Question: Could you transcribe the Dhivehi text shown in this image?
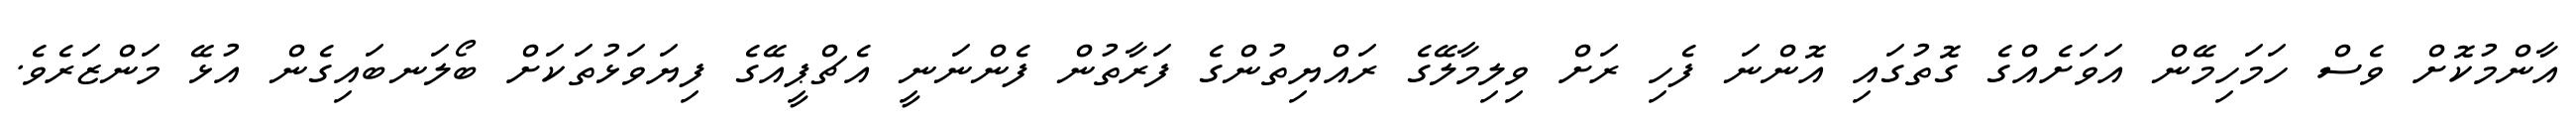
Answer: އާންމުކޮށް ވެސް ހަމަހިމޭން އަވަށެއްގެ ގޮތުގައި އޮންނަ ފެހި ރަށް ވިލިމާލޭގެ ރައްޔިތުންގެ ފަރާތުން ފެންނަނީ އެޗްޕީއޭގެ ފިޔަވަޅުތަކަށް ބޯލަނބައިގެން އުޅޭ މަންޒަރެވެ.